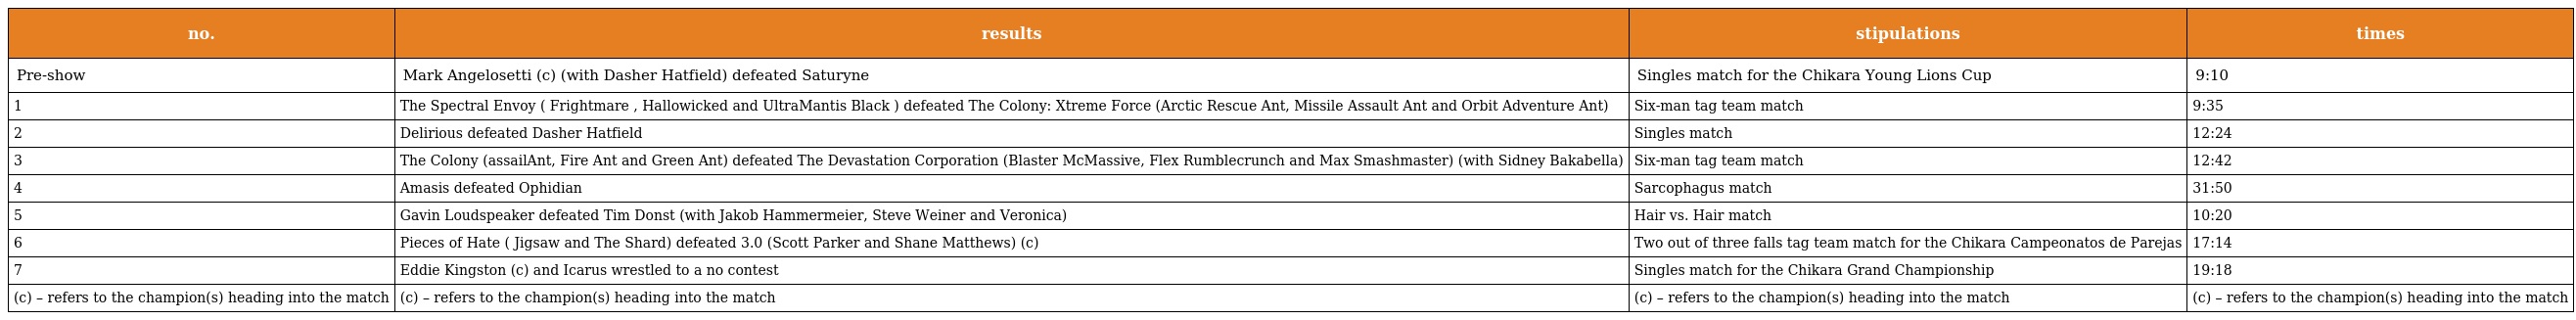
| no. | results | stipulations | times |
 | --- | --- | --- | --- |
 | Pre-show | Mark Angelosetti (c) (with Dasher Hatfield) defeated Saturyne | Singles match for the Chikara Young Lions Cup | 9:10 |
 | 1 | The Spectral Envoy ( Frightmare , Hallowicked and UltraMantis Black ) defeated The Colony: Xtreme Force (Arctic Rescue Ant, Missile Assault Ant and Orbit Adventure Ant) | Six-man tag team match | 9:35 |
 | 2 | Delirious defeated Dasher Hatfield | Singles match | 12:24 |
 | 3 | The Colony (assailAnt, Fire Ant and Green Ant) defeated The Devastation Corporation (Blaster McMassive, Flex Rumblecrunch and Max Smashmaster) (with Sidney Bakabella) | Six-man tag team match | 12:42 |
 | 4 | Amasis defeated Ophidian | Sarcophagus match | 31:50 |
 | 5 | Gavin Loudspeaker defeated Tim Donst (with Jakob Hammermeier, Steve Weiner and Veronica) | Hair vs. Hair match | 10:20 |
 | 6 | Pieces of Hate ( Jigsaw and The Shard) defeated 3.0 (Scott Parker and Shane Matthews) (c) | Two out of three falls tag team match for the Chikara Campeonatos de Parejas | 17:14 |
 | 7 | Eddie Kingston (c) and Icarus wrestled to a no contest | Singles match for the Chikara Grand Championship | 19:18 |
 | (c) – refers to the champion(s) heading into the match | (c) – refers to the champion(s) heading into the match | (c) – refers to the champion(s) heading into the match | (c) – refers to the champion(s) heading into the match |